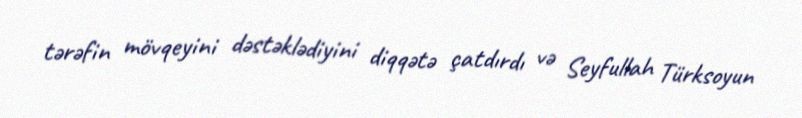
tərəfin mövqeyini dəstəklədiyini diqqətə çatdırdı və Seyfullah Türksoyun